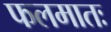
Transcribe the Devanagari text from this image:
फलमातः